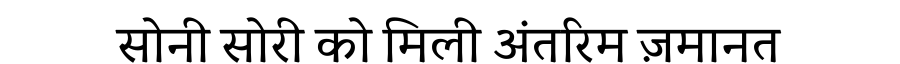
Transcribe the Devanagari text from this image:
सोनी सोरी को मिली अंतरिम ज़मानत